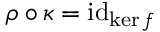
\rho \circ \kappa = \operatorname { i d } _ { \ker f }